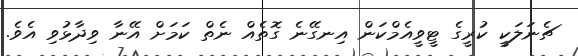
ޗެނަލަކީ ކުރީގެ ޓީވީއެމްކަން އިނގޭނެ ގޮތެއް ނެތް ކަމަށް އޭނާ ވިދާޅުވި އެވެ.